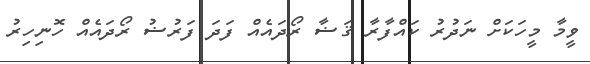
ވީމާ މީހަކަށް ނަދުރު ކައްފާރާ ޤަޟާ ރޯދައެއް ފަދަ ފަރުޟު ރޯދައެއް ހޮނިހިރު